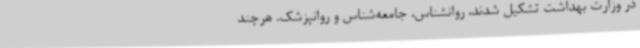
در وزارت بهداشت تشکیل شدند، روانشناس، جامعه‌شناس و روانپزشک. هرچند